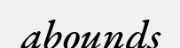
abounds